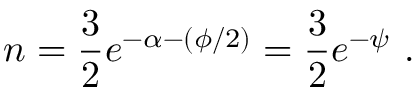
n = \frac { 3 } { 2 } e ^ { - \alpha - ( \phi / 2 ) } = \frac { 3 } { 2 } e ^ { - \psi } \ .